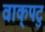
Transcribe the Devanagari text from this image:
वाक्‌पटु